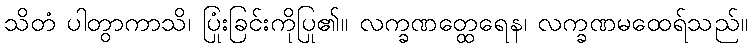
သိတံ ပါတွာကာသိ၊ ပြုံးခြင်းကိုပြု၏။ လက္ခဏတ္ထေရေန၊ လက္ခဏမထေရ်သည်။